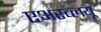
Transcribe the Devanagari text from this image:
एअरब्लयू